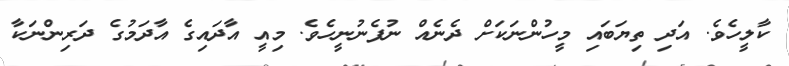
ކާލީހެވެ. އަދި ތިޔަބައި މީހުންނަކަށް ދެނެއް ނުފެނުނީހެވެ. މިއީ އާދައިގެ އާދަމުގެ ދަރިންނަކާ